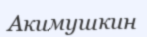
Акимушкин